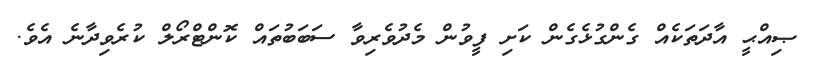
ޞިއްޙީ އާދަތަކެއް ގެންގުޅެގެން ކަށި ފީވުން މެދުވެރިވާ ސަބަބުތައް ކޮންޓްރޯލް ކުރެވިދާނެ އެވެ.